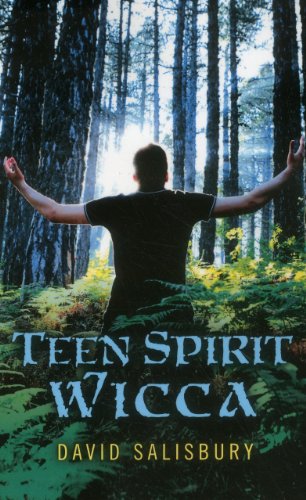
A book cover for Teen Spirit Wicca; David Salisbury; Teen & Young Adult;